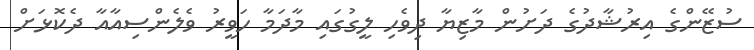
ސުޒޭންގެ އިރުޝާދުގެ ދަށުން މާޒިޔާ ދިވެހި ލީގުގައި މާދަމާ ހަވީރު ވެލެންސިއާއާ ދެކޮޅަށް